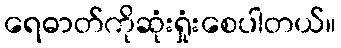
ရေဓာတ်ကိုဆုံးရှုံးစေပါတယ်။